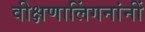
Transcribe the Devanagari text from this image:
वीक्षणालिंगनांनीं